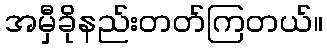
အမှီခိုနည်းတတ်ကြတယ်။